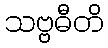
သဗ္ဗဓီတိ